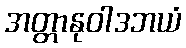
အတ္တာနုဝါဒဘယံ